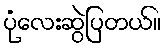
ပုံလေးဆွဲပြတယ်။